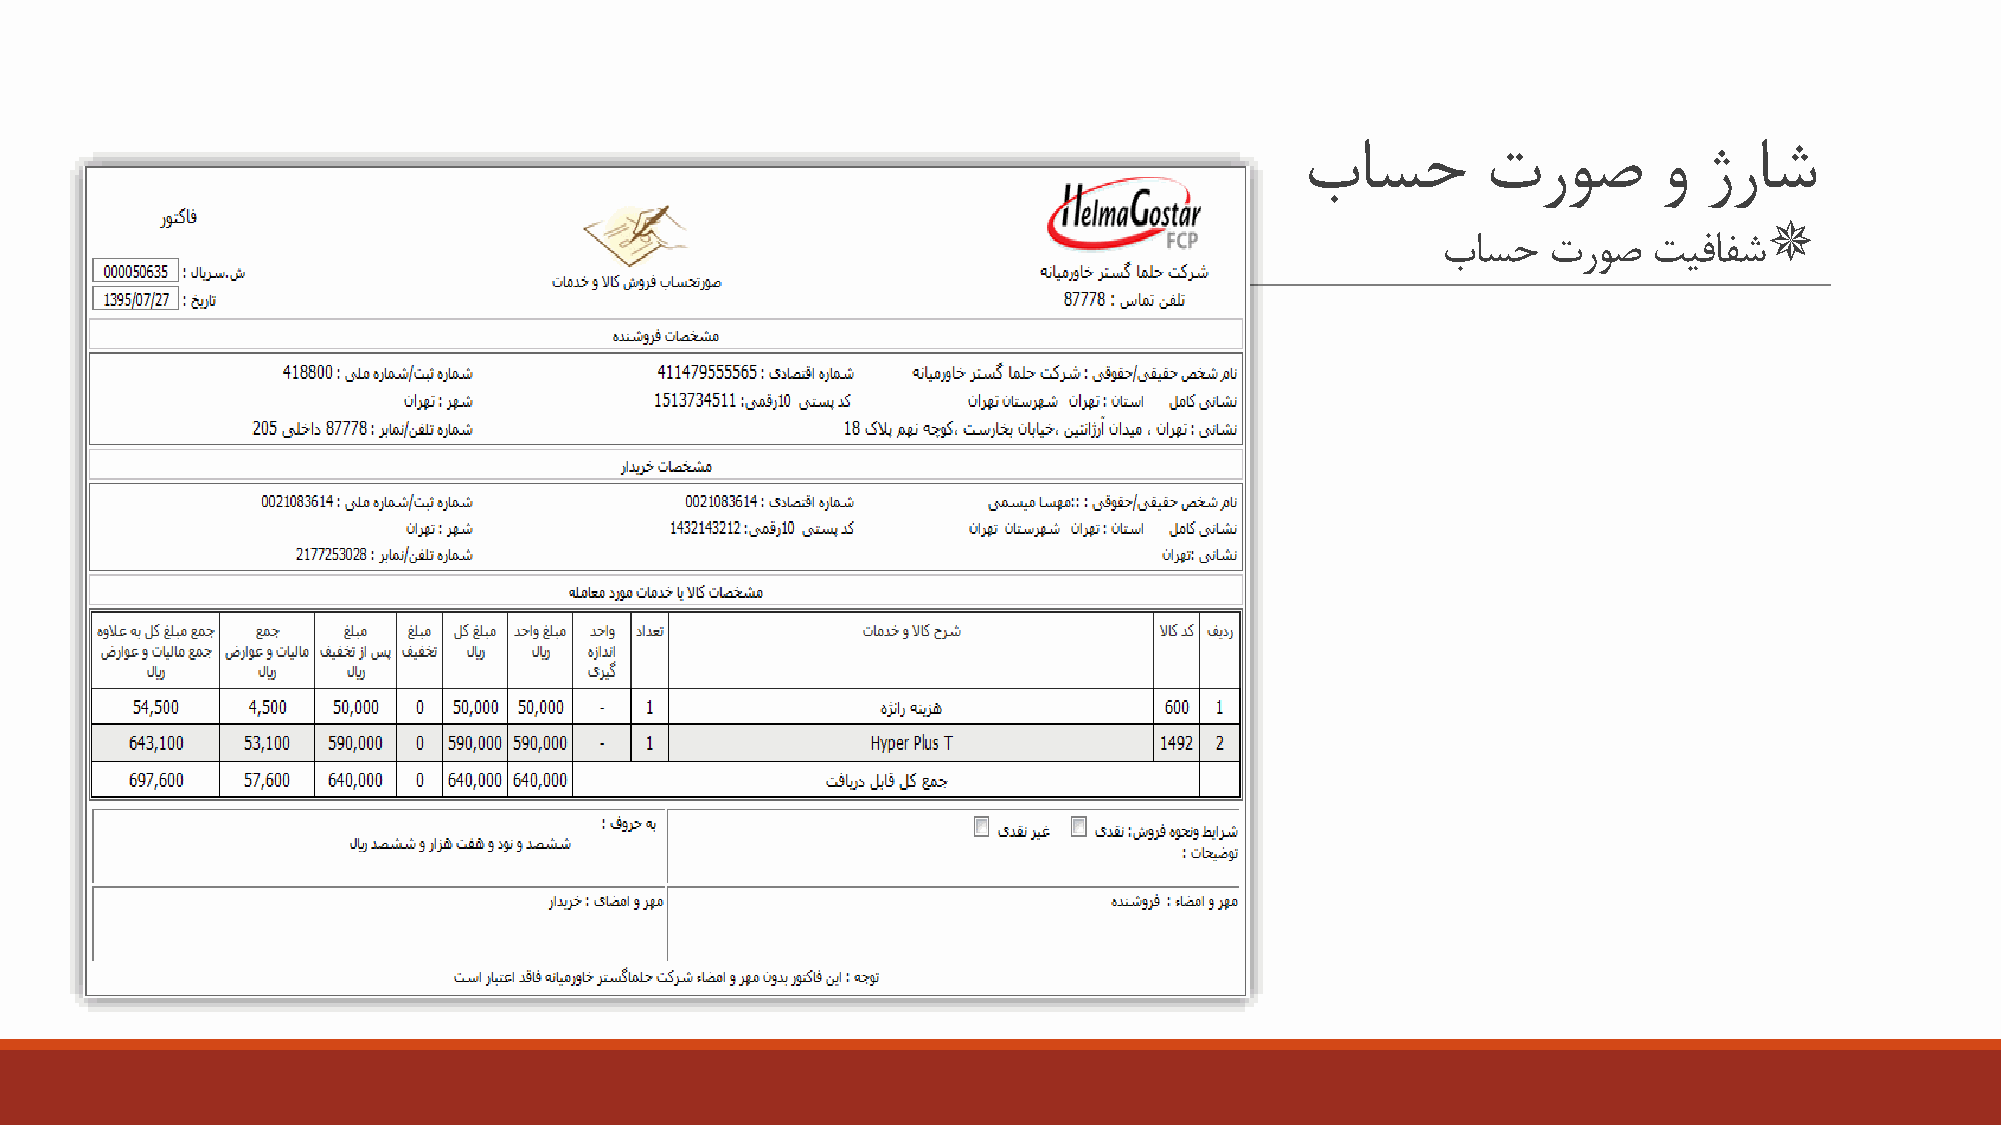
باسح        تروص        و  ژراش
 
 باسح   تروص   تیفافش